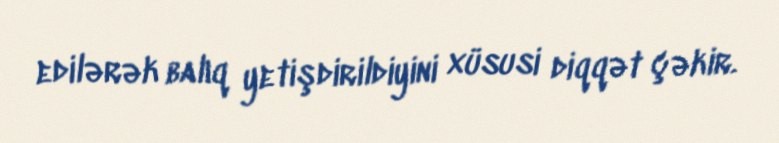
edilərək balıq yetişdirildiyini xüsusi diqqət çəkir.